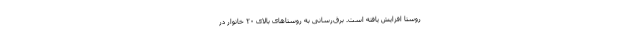
روستا افزایش یافته است. برق‌رسانی به روستا‌های بالای ۲۰ خانوار در